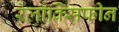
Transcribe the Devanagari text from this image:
रेलॉक्सिफीन